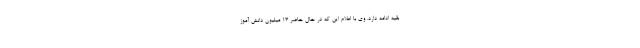
بقیه ادامه دارد. وی با اعلام این که در حال حاضر ۱۳ میلیون دانش آموز